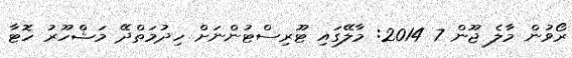
ރޯވުން މާލެ ޖޫން 7 2014: މާލޭގައި ޓޫރިސްޓުންނަށް ހިދުމަތްދޭ މަޝްހޫރު ހޮޓާ